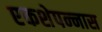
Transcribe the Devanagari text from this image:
एकशेपन्‍नास